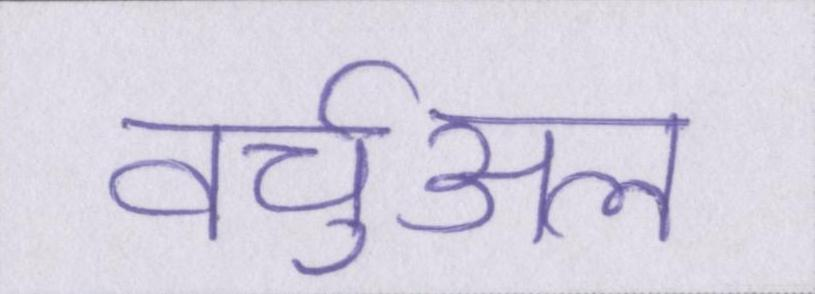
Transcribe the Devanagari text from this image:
वर्चुअल